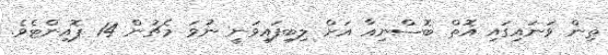
ތިން ވަނައިގައި އޮތް ބޮސްނިއާ އަށް ލިބިފައިވަނީ ނުވަ މެޗުން 14 ޕޮއިންޓެވެ.